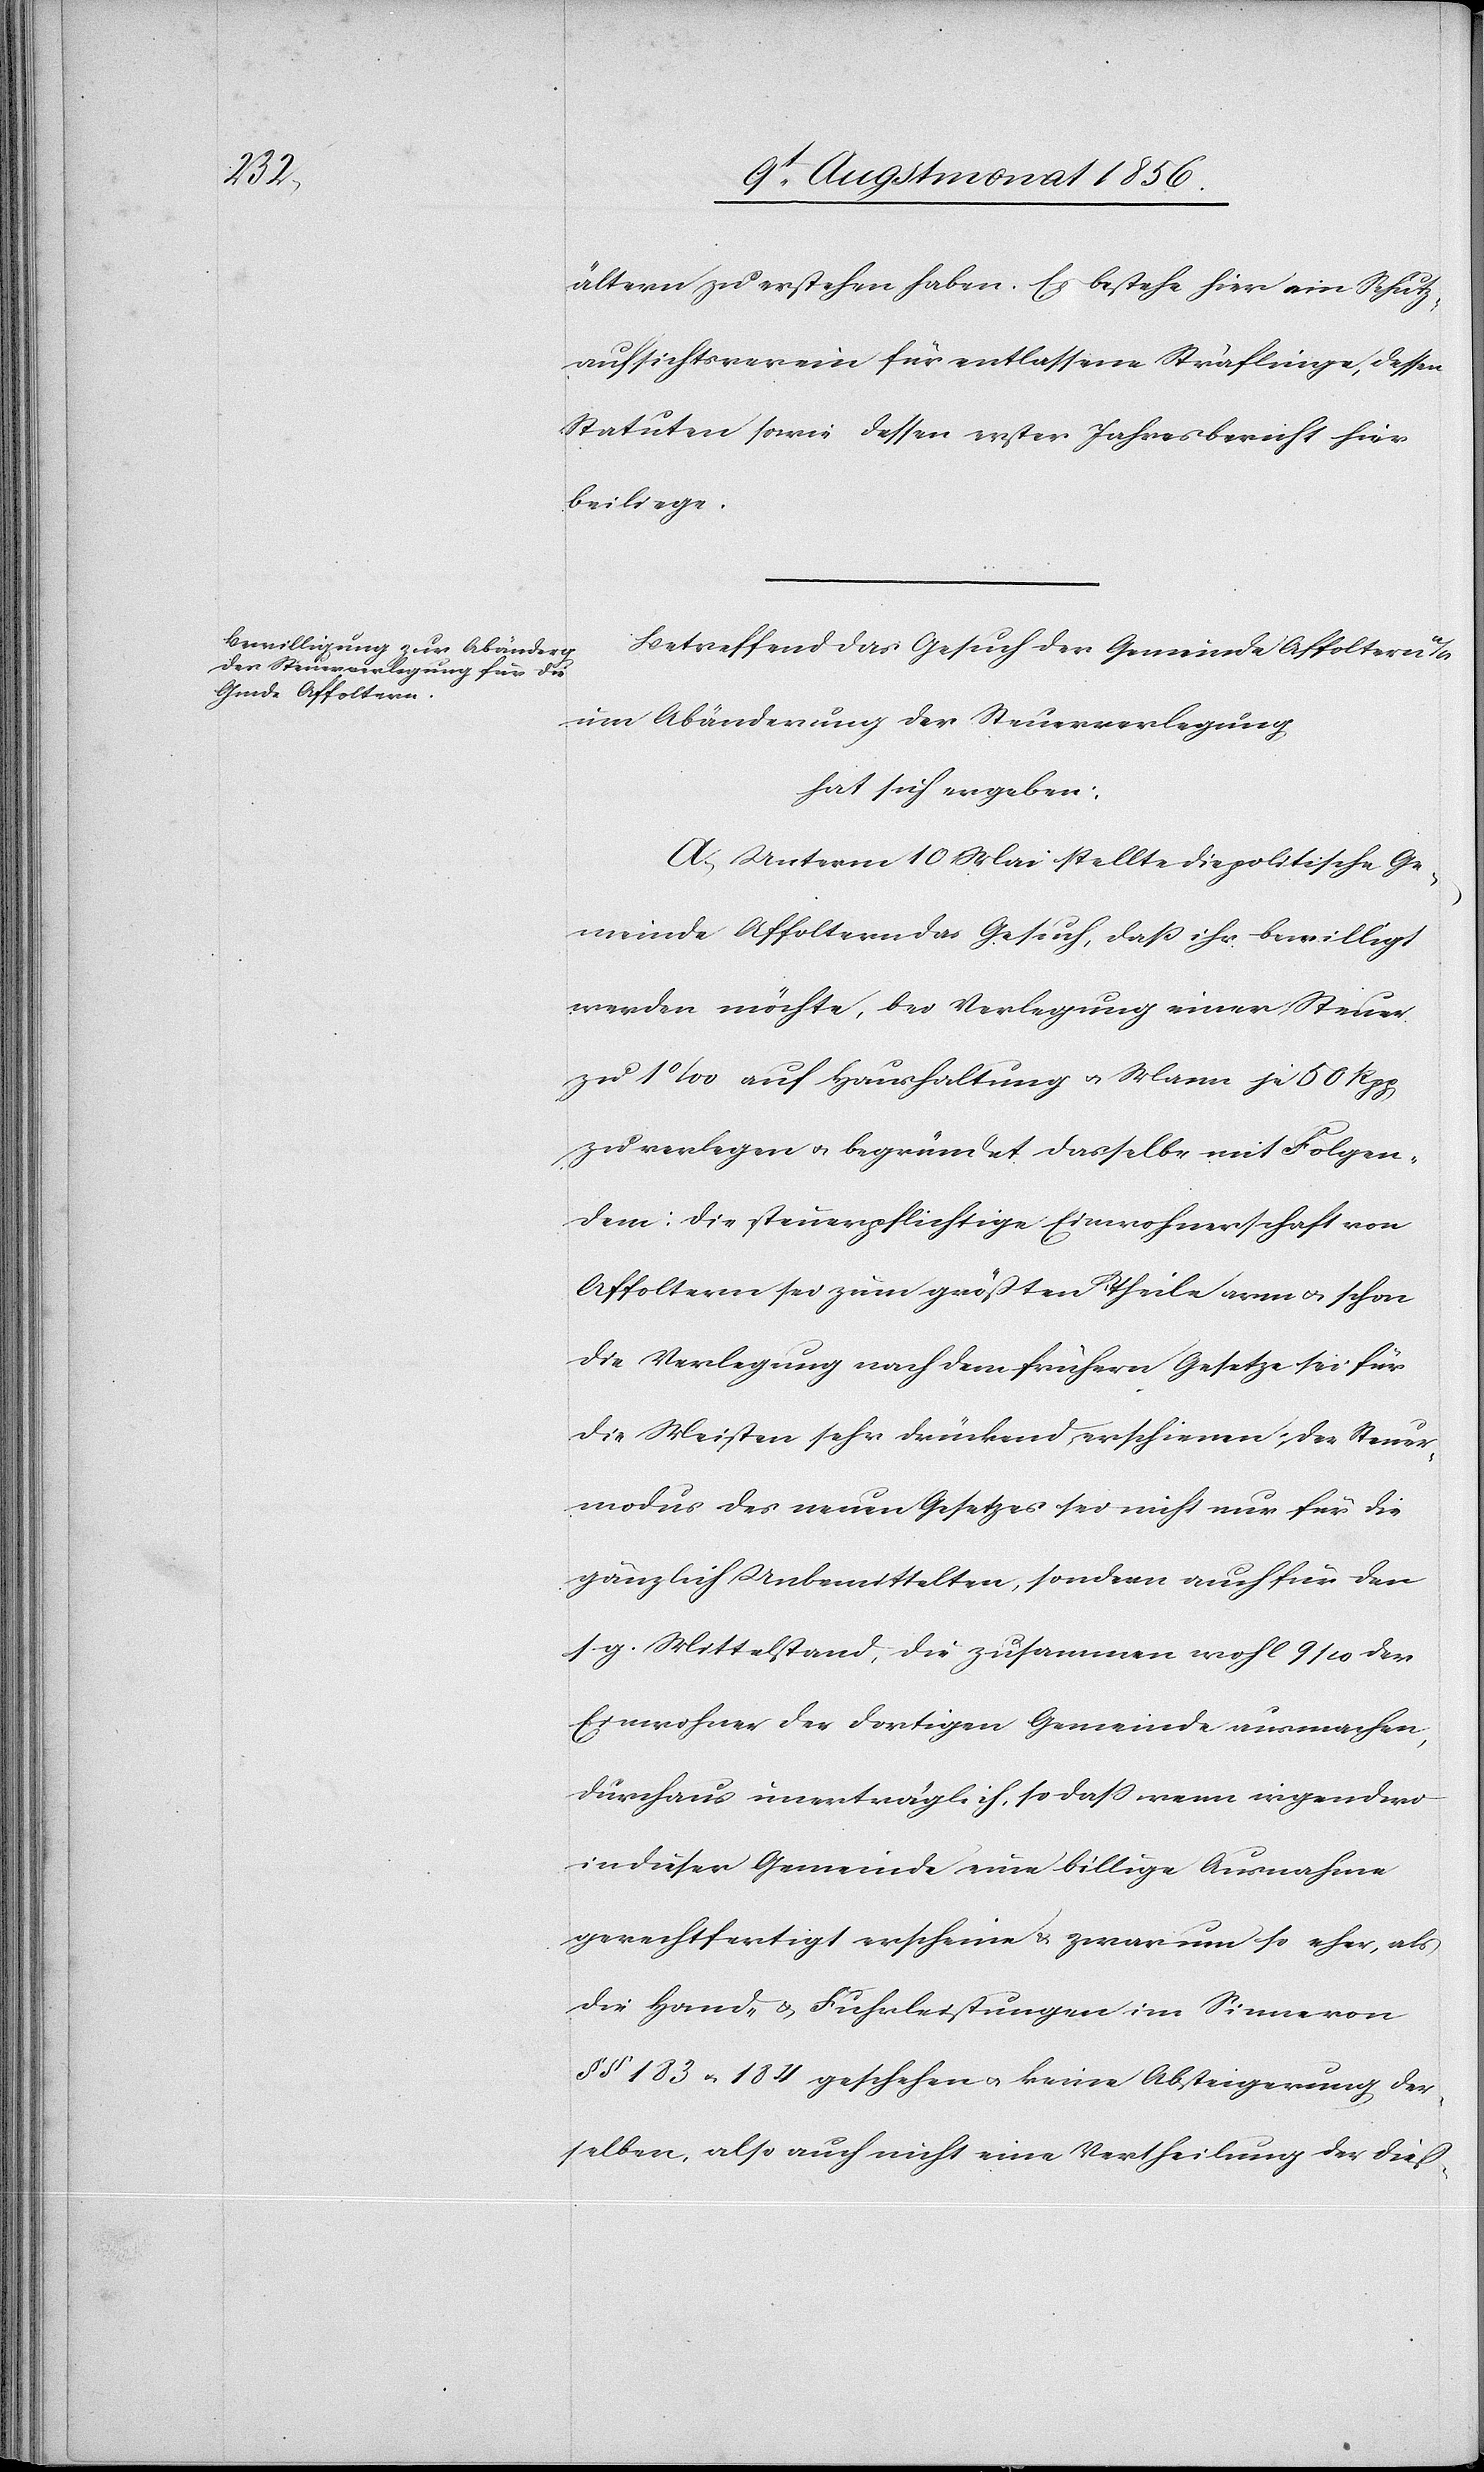
ältern zu erstehen haben. Es bestehe hier ein Schutz¬
aufsichtsverein für entlassene Sträflinge, dessen
Statuten sowie dessen erster Jahresbericht hier
beiliege.
Betreffend das Gesuch der Gemeinde Affoltern a/A.
um Abänderung der Steuerverlegung
hat sich ergeben:
A.) Unterm 10 Mai stellte die politische Ge¬
meinde Affoltern das Gesuch, dass ihr bewilligt
werden möchte, bei Verlegung einer Steuer
zu 1‰ auf Haushaltung u. Mann je 50 Rpp
zu verlegen u. begründet dasselbe mit Folgen¬
dem: Die steuerpflichtige Einwohnerschaft von
Affoltern sei zum größten Theile arm u. schon
die Verlegung nach dem frühern Gesetze sei für
die Meisten sehr drückend erschienen; der Steuer¬
modus des neuen Gesetzes sei nicht nur für die
gänzlich Unbemittelten, sondern auch für den
s. g. Mittelstand, die zusammen wohl 9/10 der
Einwohner der dortigen Gemeinde ausmachen,
durchaus unerträglich, so dass wenn irgendwo
in dieser Gemeinde eine billige Ausnahme
gerechtfertigt erscheine & zwar um so eher, als
die Hand- & Fuhrleistungen im Sinne von
§§ 183 u. 184 geschehen u. keine Absteigerung der¬
selben, also auch nicht eine Vertheilung der dieß-